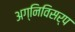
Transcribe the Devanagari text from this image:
अग्निविसर्प